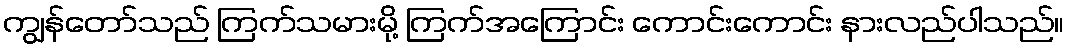
ကျွန်တော်သည် ကြက်သမားမို့ ကြက်အကြောင်း ကောင်းကောင်း နားလည်ပါသည်။